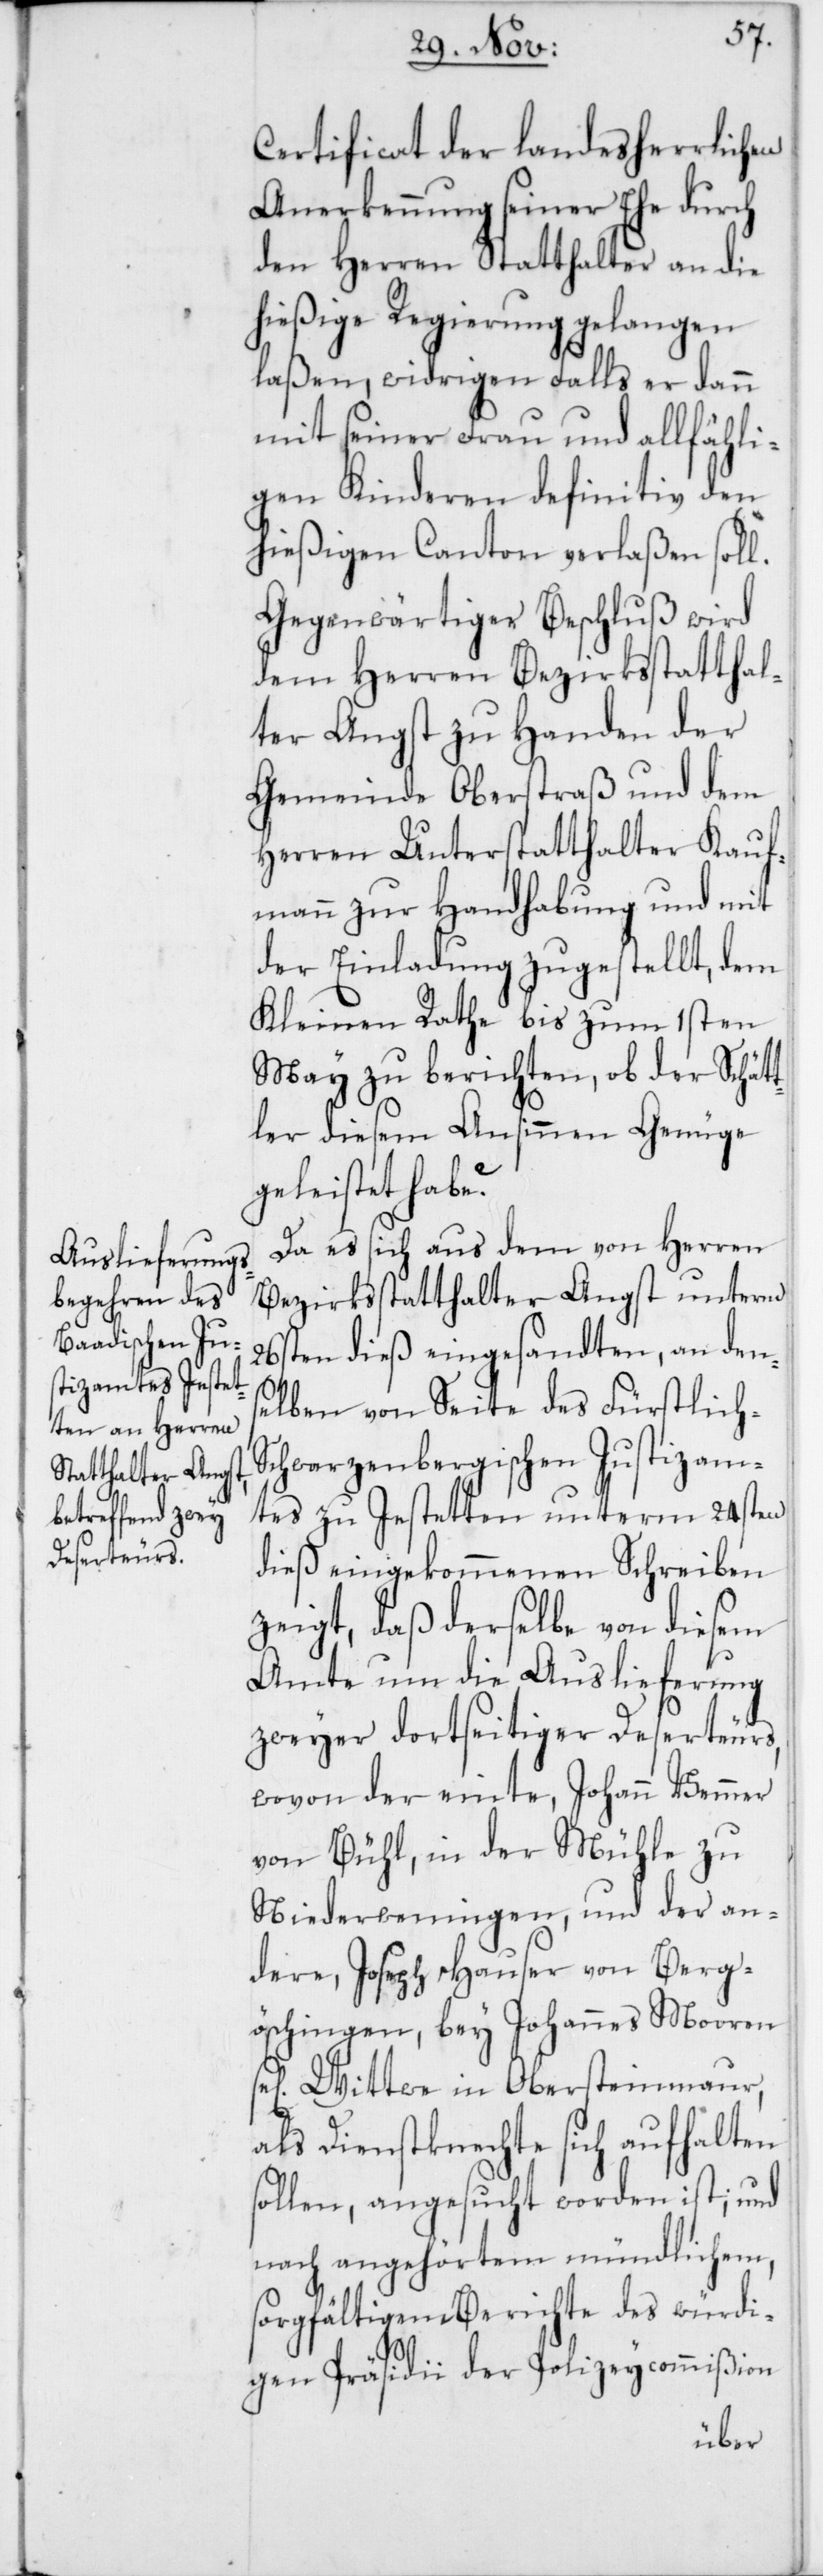
Cerificat der landesherrlichen
Anerkennung seiner Ehe durch
den Herren Statthalter an die
hießige Regierung gelangen
laßen, widrigen Falls er dann
mit seiner Frau und allfähli¬
gen Kinderen definitiv den
hießigen Canton verlaßen soll.
Gegenwärtiger Beschluß wird
dem Herren Bezirksstatthal¬
ter Angst zu Handen der
Gemeinde Oberstraß und dem
Herren Unterstatthalter Kauf¬
mann zu Handhabung und mit
der Einladung zugestellt, dem
Kleinen Rathe bis zum 1sten
May zu berichten, ob der Schätt¬
ler diesem Ansinnen Genüge
geleistet habe?
Da es sich aus dem von Herren
Bezirksstatthalter Angst unterm
26sten dieß eingesandten, an den¬
s¬
elben von Seite des Fürstlich-S¬
chwarzenbergischen Justizam¬
tes zu Jestetten unterm 24sten
dieß eingekommenen Schreiben
zeigt, daß derselbe von diesem
Amte um die Auslieferung
zweyer dortseitiger Deserteurs,
wovon der einte, Johann Bemmer
von Bühl, in der Mühle zu
Niederweningen, und der an¬
dere, Joseph Hauser von Berg¬
öschingen, bey Johannes Mooren
Wittwe in Obersteinmaur,
als Dienstknechte sich aufhalten
sollen, angesucht worden ist; und
nach angehörtem mündlichem,
sorgfältigem Berichte des würdi¬
gen Präsidii der Polizeycommißion